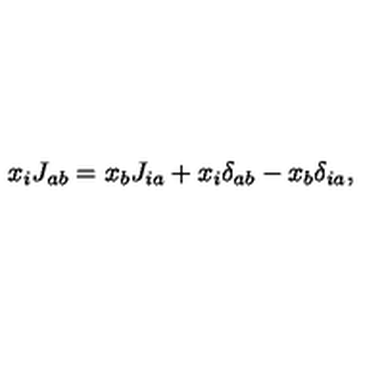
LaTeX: x _ { i } J _ { a b } = x _ { b } J _ { i a } + x _ { i } \delta _ { a b } - x _ { b } \delta _ { i a } ,